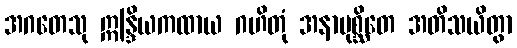
အဂတေသု ဣန္ဒြိယကထာယ ဂဟိတုံ အနာပုစ္ဆိတေ အတိသယိတွာ